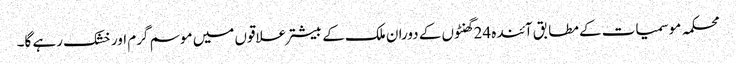
محکمہ موسمیات کے مطابق آئندہ 24گھنٹوں کے دوران ملک کے بیشتر علاقوں میں موسم گرم اور خشک رہے گا۔